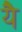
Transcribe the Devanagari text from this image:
येै